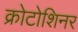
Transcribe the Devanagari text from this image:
क्रोटोशिनर